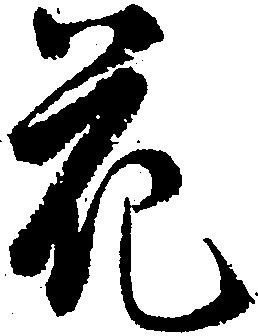
花